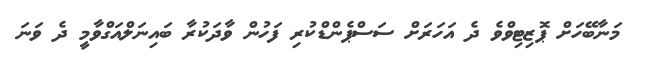
މަނާބޭހަށް ޕޮޒިޓިވްވެ ދެ އަހަރަށް ސަސްޕެންޑްކުރި ފަހުން ވާދަކުރާ ބައިނަލްއަގްވާމީ ދެ ވަނަ